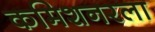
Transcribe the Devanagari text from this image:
कमिशनरला